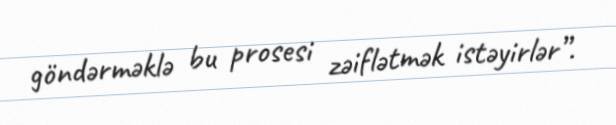
göndərməklə bu prosesi zəiflətmək istəyirlər”.